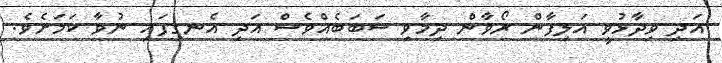
އަދި ވިދާޅުވީ އަލިފާން ރޯވާން ދިމާވި ސަބަބެއްވެސް އަދި އެނގިފައި ނުވާ ކަމަށެވެ.